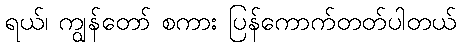
ရယ်၊ ကျွန်တော် စကား ပြန်ကောက်တတ်ပါတယ်